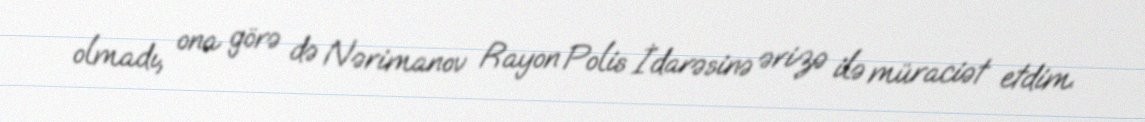
olmadı, ona görə də Nərimanov Rayon Polis İdarəsinə ərizə ilə müraciət etdim.